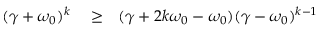
\begin{array} { r l r } { ( \gamma + \omega _ { 0 } ) ^ { k } } & { { } \geq } & { ( \gamma + 2 k \omega _ { 0 } - \omega _ { 0 } ) ( \gamma - \omega _ { 0 } ) ^ { k - 1 } } \end{array}